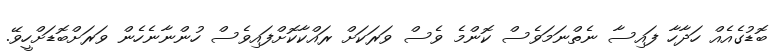
ބޮޑުގެއެއް ހަދާހާ ފައިސާ ނެތްނަމަވެސް ކޮންމެ ވެސް ވަރަކަށް ރައްކާކޮށްފައިވެސް ހުންނާނެހެން ވަރަށްބޮޑަށްހީވޭ.